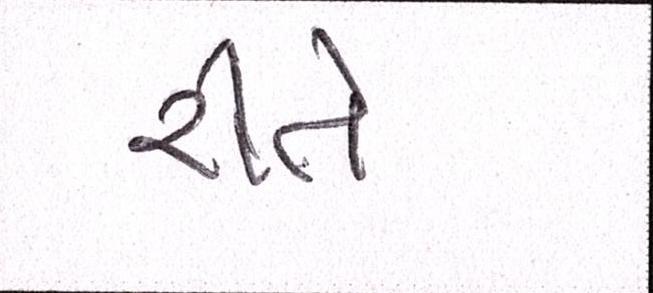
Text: રીતે